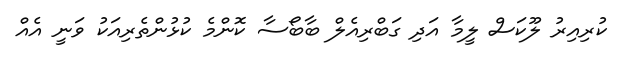
ކުރިއިރު ލޫކަސް ލީމާ އަދި ގަބްރިއެލް ބާބޯސާ ކޮންމެ ކުޅުންތެރިއަކު ވަނީ އެއް